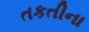
તકતીના